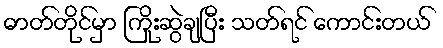
ဓာတ်တိုင်မှာ ကြိုးဆွဲချပြီး သတ်ရင် ကောင်းတယ်